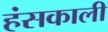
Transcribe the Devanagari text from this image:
हंसकाली